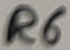
Text: R6